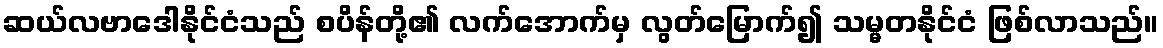
ဆယ်လဗာဒေါနိုင်ငံသည် စပိန်တို့၏ လက်အောက်မှ လွတ်မြောက်၍ သမ္မတနိုင်ငံ ဖြစ်လာသည်။